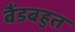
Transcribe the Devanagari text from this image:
बैंडबहुत